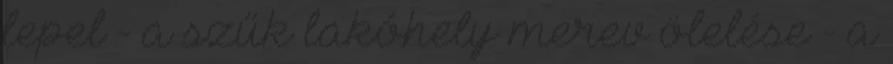
lepel - a szűk lakóhely merev ölelése - a